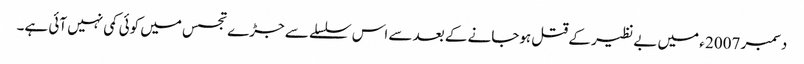
دسمبر 2007 ء میں بے نظیر کے قتل ہوجانے کے بعد سے اس سلسلے سے جڑے تجسس میں کوئی کمی نہیں آئی ہے۔